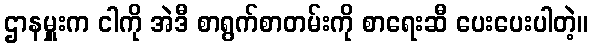
ဌာနမှူးက ငါကို အဲဒီ စာရွက်စာတမ်းကို စာရေးဆီ ပေးပေးပါတဲ့။